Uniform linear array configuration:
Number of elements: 64
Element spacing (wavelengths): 0.75
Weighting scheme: hann
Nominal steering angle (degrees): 30
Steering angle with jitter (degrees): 29.471
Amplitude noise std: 0.05
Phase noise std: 0.05

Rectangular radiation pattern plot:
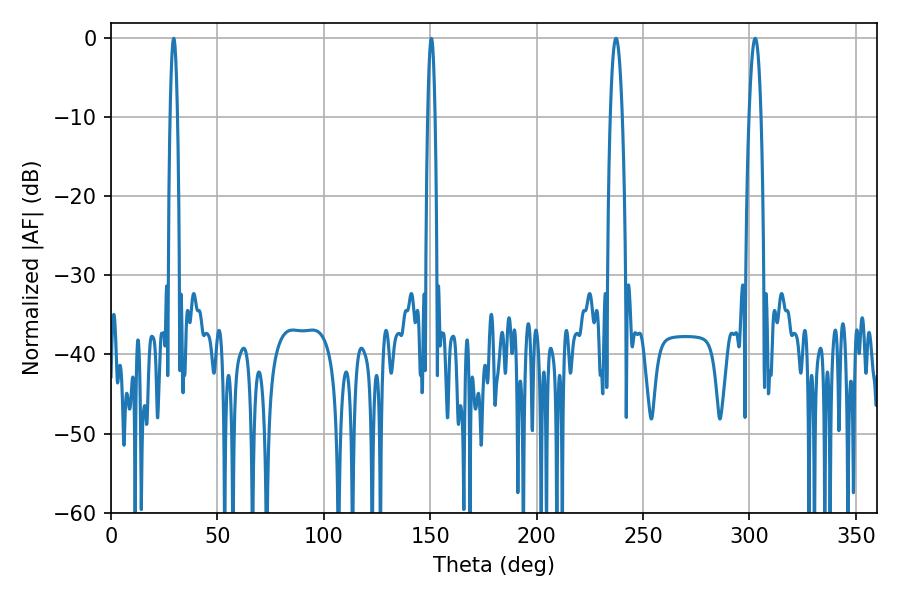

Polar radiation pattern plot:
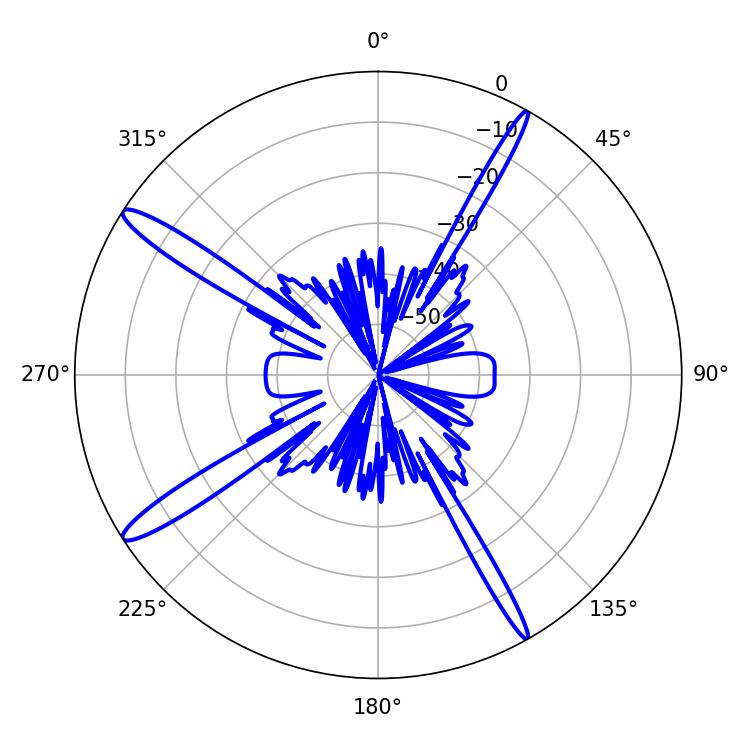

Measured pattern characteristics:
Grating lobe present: TRUE
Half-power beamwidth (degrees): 3.06
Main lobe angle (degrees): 302.76